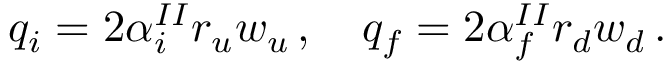
q _ { i } = 2 \alpha _ { i } ^ { I I } r _ { u } w _ { u } \, , \quad q _ { f } = 2 \alpha _ { f } ^ { I I } r _ { d } w _ { d } \, .